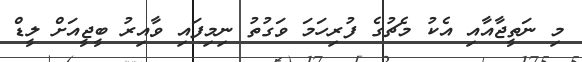
މި ނަތީޖާއާއި އެކު މެޗުގެ ފުރިހަމަ ވަގުތު ނިމިފައި ވާއިރު ބީޖީއަށް ލީޑް